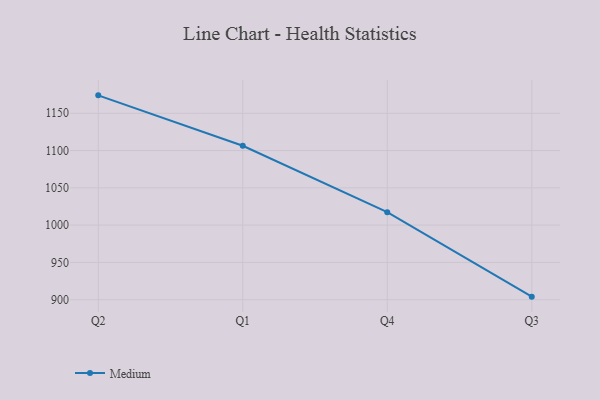
{"axis": {"x": "Quarter", "y": "Satisfaction Score"}, "legend": ["Medium"], "data": [{"x": "Q2", "y": 1174.0, "type": "Medium"}, {"x": "Q1", "y": 1106.4, "type": "Medium"}, {"x": "Q4", "y": 1017.4, "type": "Medium"}, {"x": "Q3", "y": 904.1, "type": "Medium"}]}